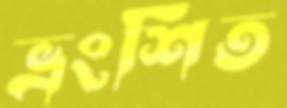
ভ্রংশিত